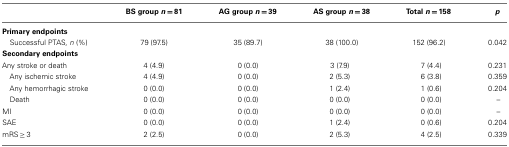
|  | BS group n = 81 | AG group n = 39 | AS group n = 38 | Total n = 158 | p |
 | --- | --- | --- | --- | --- | --- |
 | Primary endpoints |
 | Successful PTAS, n (%) | 79 (97.5) | 35 (89.7) | 38 (100.0) | 152 (96.2) | 0.042 |
 | Secondary endpoints |
 | Any stroke or death | 4 (4.9) | 0 (0.0) | 3 (7.9) | 7 (4.4) | 0.231 |
 | Any ischemic stroke | 4 (4.9) | 0 (0.0) | 2 (5.3) | 6 (3.8) | 0.359 |
 | Any hemorrhagic stroke | 0 (0.0) | 0 (0.0) | 1 (2.4) | 1 (0.6) | 0.204 |
 | Death | 0 (0.0) | 0 (0.0) | 0 (0.0) | 0 (0.0) | – |
 | MI | 0 (0.0) | 0 (0.0) | 0 (0.0) | 0 (0.0) | – |
 | SAE | 0 (0.0) | 0 (0.0) | 1 (2.4) | 0 (0.6) | 0.204 |
 | mRS ≥ 3 | 2 (2.5) | 0 (0.0) | 2 (5.3) | 4 (2.5) | 0.339 |